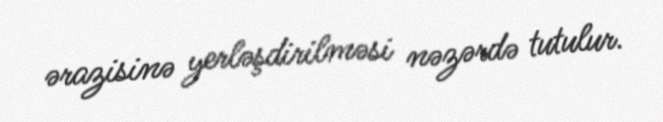
ərazisinə yerləşdirilməsi nəzərdə tutulur.